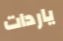
ياردات